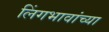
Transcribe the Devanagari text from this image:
लिंगभावांच्या